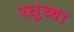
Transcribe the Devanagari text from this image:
रघूच्या